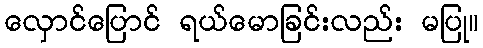
လှောင်ပြောင် ရယ်မောခြင်းလည်း မပြု။